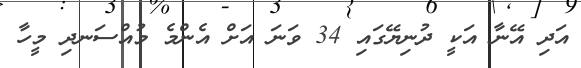
އަދި އޭނާ އަކީ ދުނިޔޭގައި 34 ވަނަ އަށް އެންމެ މުއްސަނދި މީހާ